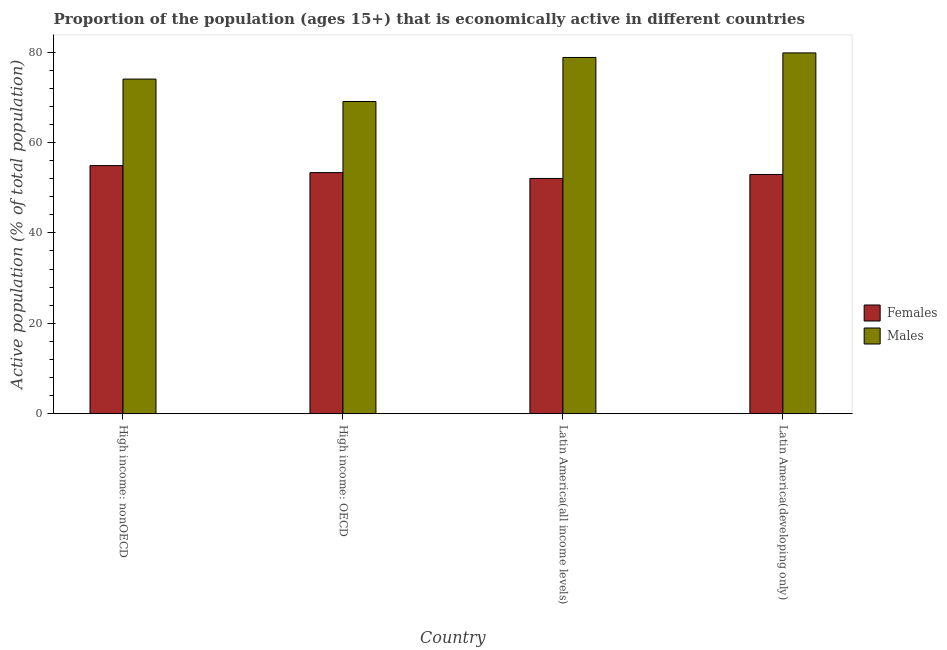
| Country | Females | Males |
 | --- | --- | --- |
 | High income: nonOECD | 54.9 | 74 |
 | High income: OECD | 53.3 | 69.1 |
 | Latin America(all income levels) | 52 | 78.8 |
 | Latin America(developing only) | 52.9 | 79.8 |